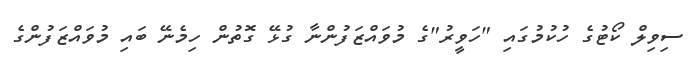
ސިވިލް ކޯޓުގެ ހުކުމުގައި "ހަވީރު"ގެ މުވައްޒަފުންނާ ގުޅޭ ގޮތުން ހިމެނޭ ބައި މުވައްޒަފުންގެ